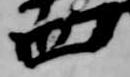
四